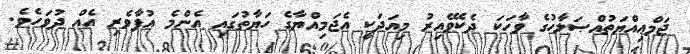
ޖަމްޢިއްޔަތުއްޞަލާހުގެ ވާހަކަ ދެކެވޭއިރު މިއަދަކީ އެޖަމިއްޔާގެ ހަޔާތުގައި އެންމެ އުފާވެރި އެއް ދުވަހެވެ.